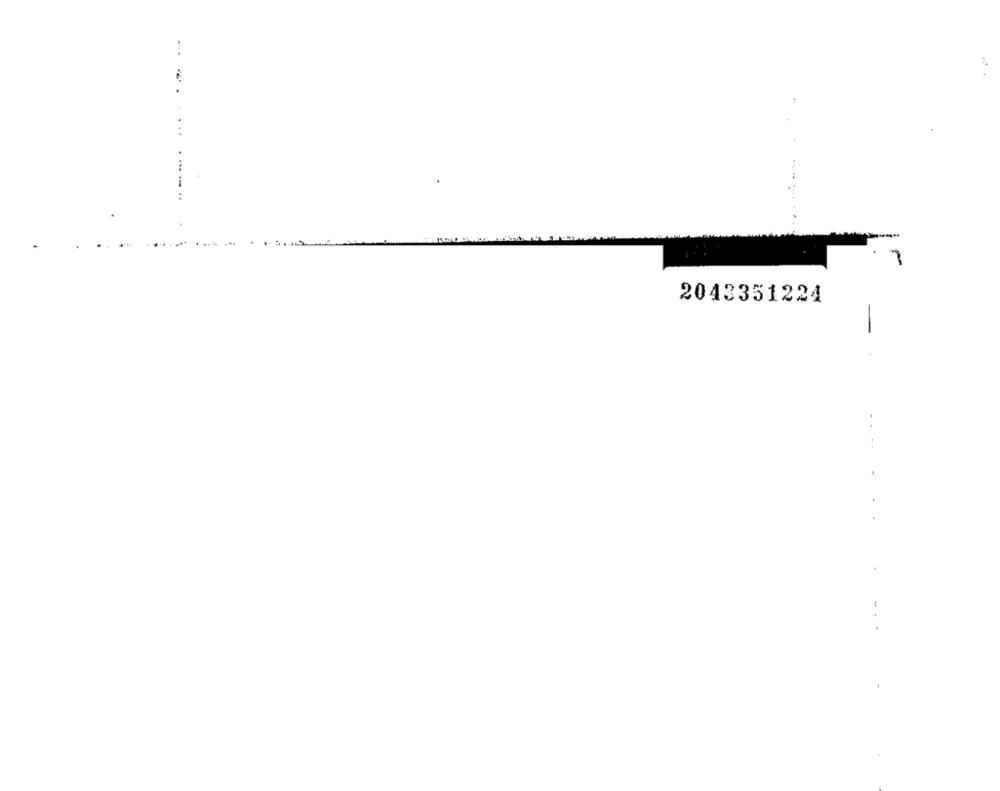
...
7
2043351224
-
.......
..